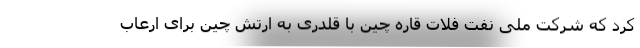
کرد که شرکت ملی نفت فلات قاره چین با قلدری به ارتش چین برای ارعاب